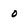
Character: 0